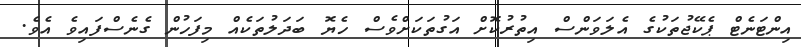
އިންޓަނެޓް ޕެކޭޖުތަކުގެ އެލަވަންސް އިތުރުކޮށް އަގުތަކަށްވެސް ހެޔޮ ބަދަލުތަކެއް މިފަހުން ގެނެސްފައިވެ އެވެ.